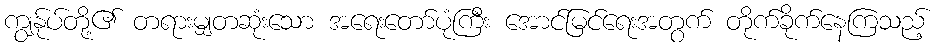
ကျွန်ုပ်တို့၏ တရားမျှတဆုံးသော အရေးတော်ပုံကြီး အောင်မြင်ရေးအတွက် တိုက်ခိုက်နေကြသည့်